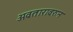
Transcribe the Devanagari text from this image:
अवतारावरुन